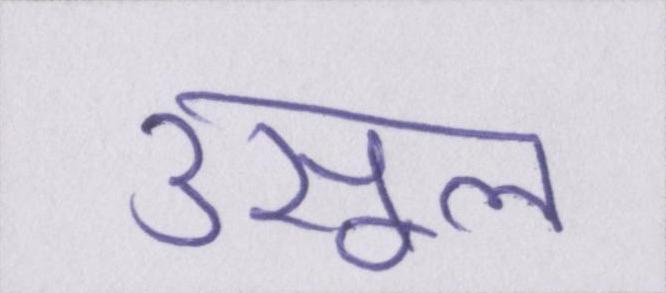
उसूल